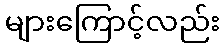
များကြောင့်လည်း